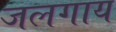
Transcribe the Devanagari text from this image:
जलगाय